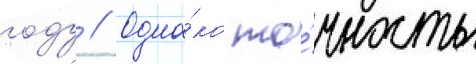
году // Одна́ко то́чность